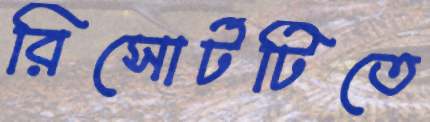
রিসোর্টটিতে